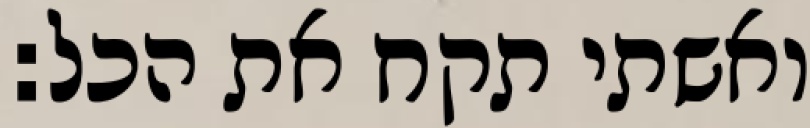
ואשתי תקח את הכל: